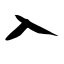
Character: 入